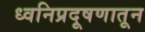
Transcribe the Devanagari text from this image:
ध्वनिप्रदूषणातून